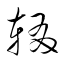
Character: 輟